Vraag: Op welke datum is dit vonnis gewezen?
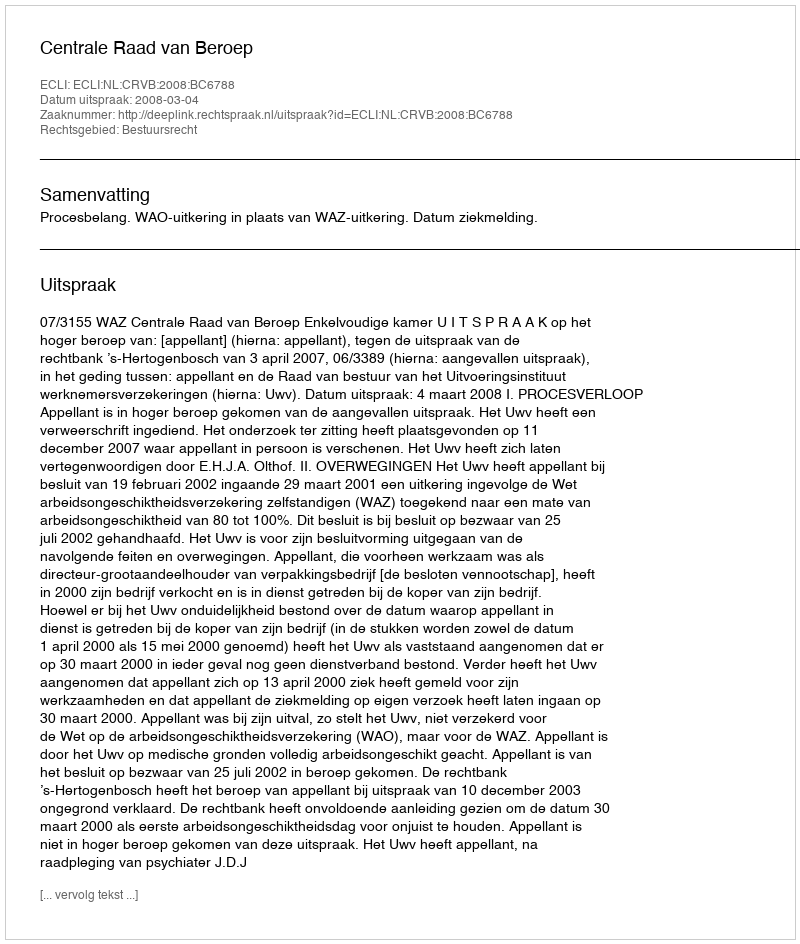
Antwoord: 2008-03-04